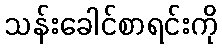
သန်းခေါင်စာရင်းကို